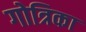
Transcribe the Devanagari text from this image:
गोत्रिका